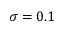
\sigma = 0 . 1